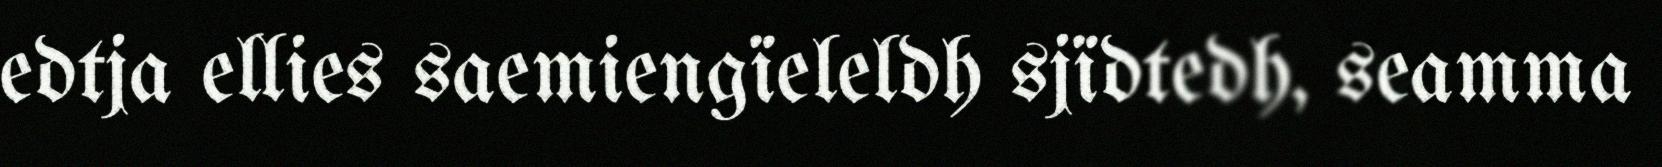
edtja ellies saemiengïeleldh sjïdtedh, seamma